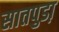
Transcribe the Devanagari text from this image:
सातपुडा़